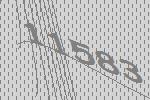
11583